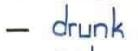
- drunk